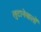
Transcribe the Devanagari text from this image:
लुटानेवालों